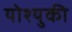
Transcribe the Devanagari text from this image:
योश्युकी